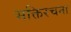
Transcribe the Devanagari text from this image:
भक्तिरचना